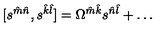
[ s ^ { \hat { m } \hat { n } } , s ^ { \hat { k } \hat { l } } ] = \Omega ^ { \hat { m } \hat { k } } s ^ { \hat { n } \hat { l } } + \dots